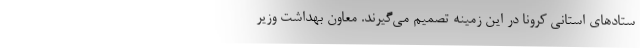
ستادهای استانی کرونا در این زمینه تصمیم می‌گیرند. معاون بهداشت وزیر